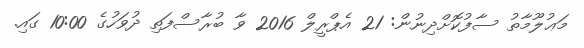
މަޢުލޫމާތު ސާފުކޮށްދިނުން: 21 އެޕްރީލް 2016 ވާ ބުރާސްފަތި ދުވަހުގެ 10:00 ގައި.